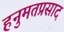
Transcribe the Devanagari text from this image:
हनुमतप्रसाद